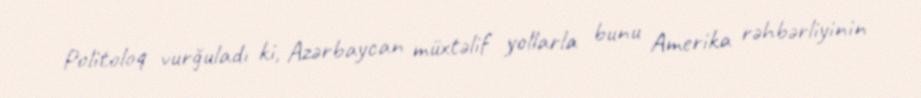
Politoloq vurğuladı ki, Azərbaycan müxtəlif yollarla bunu Amerika rəhbərliyinin